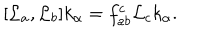
LaTeX: [ { \cal L } _ { a } , { \cal L } _ { b } ] k _ { \alpha } = f _ { a b } ^ { c } { \cal L } _ { c } k _ { \alpha } .